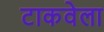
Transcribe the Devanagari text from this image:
टाकवेला